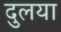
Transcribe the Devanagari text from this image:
दुलया